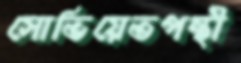
সোভিয়েতপন্থী